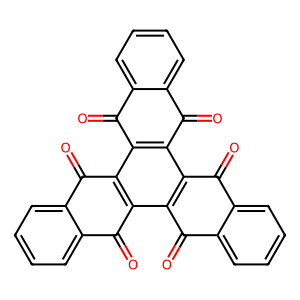
SMILES: O=c1c2ccccc2c(=O)c2c1c1c(=O)c3ccccc3c(=O)c1c1c(=O)c3ccccc3c(=O)c21
Inhibits HIV replication: No